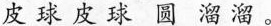
皮 球 皮 球 圆 溜 溜 。